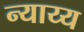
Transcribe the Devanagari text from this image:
न्‍याय्य